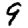
Digit: 9